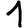
Digit: 1